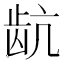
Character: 𬹽